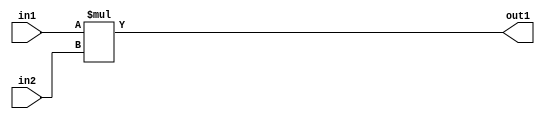
`timescale 1ps / 1ps
/*****************************************************************************
    Verilog RTL Description
    
    
    Created by: Stratus DpOpt 2019.1.01 
*******************************************************************************/

module st_feature_addr_gen_Mul_16Ux16U_32U_0 (
	in2,
	in1,
	out1
	); /* architecture "behavioural" */ 
input [15:0] in2,
	in1;
output [31:0] out1;
wire [31:0] asc001;

assign asc001 = 
	+(in1 * in2);

assign out1 = asc001;
endmodule

/* CADENCE  ubHyTQw= : u9/ySgnWtBlWxVPRXgAZ4Og= ** DO NOT EDIT THIS LINE ******/